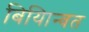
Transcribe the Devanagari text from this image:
बियािन्वत